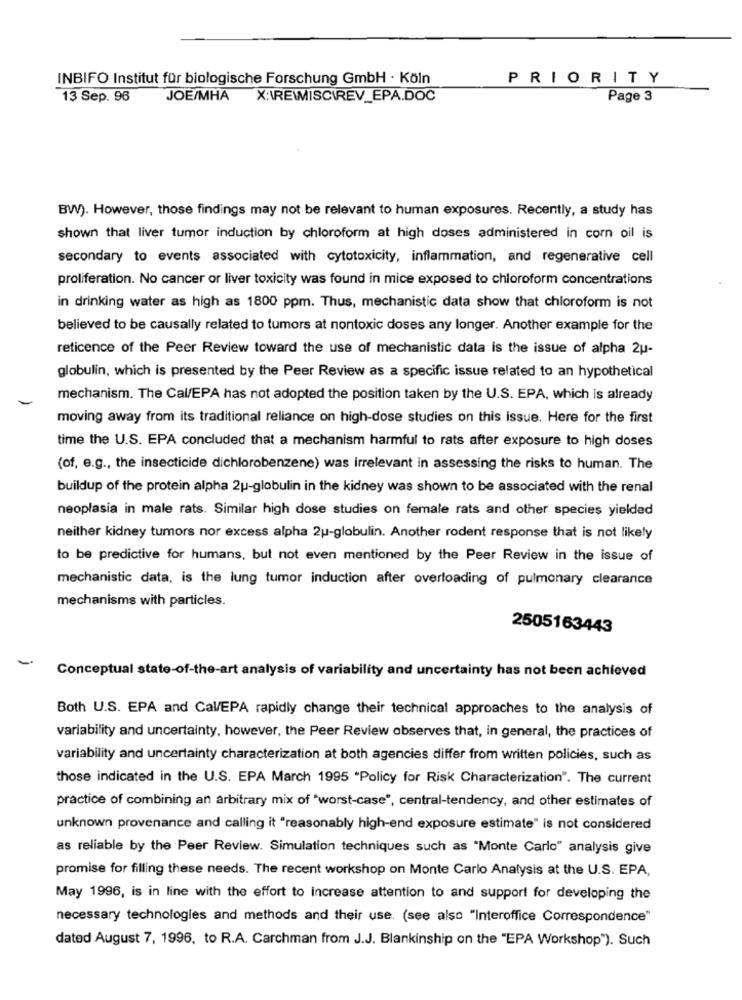
INBIFO Institut für biologische Forschung GmbH · Köln
PRIORITY
13 Sep. 96
JOE/MHA
X:\REWMISCIREV_EPA.DOC
Page 3
BWV). However, those findings may not be relevant to human exposures. Recently, a study has
shown that liver tumor induction by chloroform at high doses administered in corn oil is
secondary to events associated with cytotoxicity, inflammation, and regenerative cell
proliferation. No cancer or liver toxicity was found in mice exposed to chloroform concentrations
in drinking water as high as 1800 ppm. Thus, mechanistic data show that chloroform is not
believed to be causally related to tumors at nontoxic doses any longer. Another example for the
reticence of the Peer Review toward the use of mechanistic data is the issue of alpha 2u-
globulin, which is presented by the Peer Review as a specific issue related to an hypothetical
mechanism. The Cal/EPA has not adopted the position taken by the U.S. EPA, which is already
moving away from its traditional reliance on high-dose studies on this issue. Here for the first
time the U.S. EPA concluded that a mechanism harmful to rats after exposure to high doses
(of, e.g ., the insecticide dichlorobenzene) was irrelevant in assessing the risks to human. The
buildup of the protein alpha 2u-globulin in the kidney was shown to be associated with the renal
neoplasia in male rats. Similar high dose studies on female rats and other species yielded
neither kidney tumors nor excess alpha 2u-globulin. Another rodent response that is not likely
to be predictive for humans, but not even mentioned by the Peer Review in the issue of
mechanistic data, is the lung tumor induction after overloading of pulmonary clearance
mechanisms with particles.
2505163443
-
Conceptual state-of-the-art analysis of variability and uncertainty has not been achieved
Both U.S. EPA and Cal/EPA rapidly change their technical approaches to the analysis of
variability and uncertainty, however, the Peer Review observes that, in general, the practices of
variability and uncertainty characterization at both agencies differ from written policies, such as
those indicated in the U.S. EPA March 1995 "Policy for Risk Characterization". The current
practice of combining an arbitrary mix of "worst-case", central-tendency, and other estimates of
unknown provenance and calling it "reasonably high-end exposure estimate" is not considered
as reliable by the Peer Review. Simulation techniques such as "Monte Carlo" analysis give
promise for filling these needs. The recent workshop on Monte Carlo Analysis at the U.S. EPA,
May 1996, is in line with the effort to increase attention to and support for developing the
necessary technologies and methods and their use. (see also "Interoffice Correspondence"
dated August 7, 1996, to R.A. Carchman from J.J. Blankinship on the "EPA Workshop"). Such